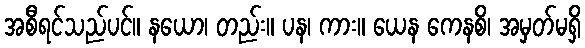
အစီရင်သည်ပင်။ နယော၊ တည်း။ ပန၊ ကား။ ယေန ကေနစိ၊ အမှတ်မရှိ